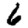
Digit: 6